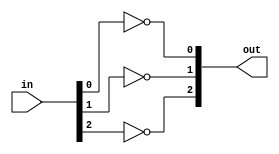
`timescale 1ns / 1ps
//////////////////////////////////////////////////////////////////////////////////
// Company: 
// Engineer: 
// 
// Design Name: 
// Module Name:    postencoder 
// Project Name: 
// Target Devices: 
// Tool versions: 
// Description: 
//
// Dependencies: 
//
// Revision: 
// Revision 0.01 - File Created
// Additional Comments: 
//
//////////////////////////////////////////////////////////////////////////////////
module postencoder(
	output [2:0] out,
	input [2:0] in
    );

	not (out[0],in[0]);
	not (out[1],in[1]);
	not (out[2],in[2]);

endmodule